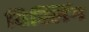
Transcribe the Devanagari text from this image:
विस्लिंग